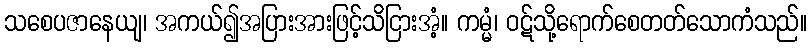
သစေပဇာနေယျ၊ အကယ်၍အပြားအားဖြင့်သိငြားအံ့။ ကမ္မံ၊ ဝဋ်သို့ရောက်စေတတ်သောကံသည်။